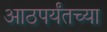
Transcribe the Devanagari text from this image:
आठपर्यंतच्या